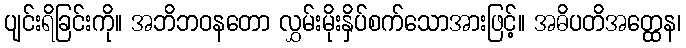
ပျင်းရိခြင်းကို။ အဘိဘဝနတော လွှမ်းမိုးနှိပ်စက်သောအားဖြင့်။ အဓိပတိအတ္ထေန၊